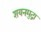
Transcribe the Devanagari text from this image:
शयनमुद्रा